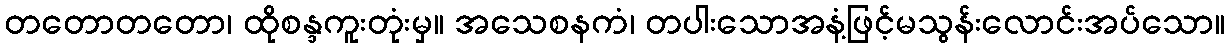
တတောတတော၊ ထိုစန္ဒကူးတုံးမှ။ အသေစနကံ၊ တပါးသောအနံ့ဖြင့်မသွန်းလောင်းအပ်သော။